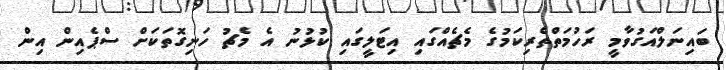
ބައިނަލްއަގުވާމީ ރަހުމަތްތެރިކަމުގެ މެޗެއްގައި އިޓަލީގައި ކުޅުނު އެ މެޗު ހަނިގޮތަކަށް ސްޕެއިން އިން